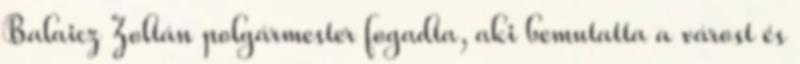
Balaicz Zoltán polgármester fogadta, aki bemutatta a várost és